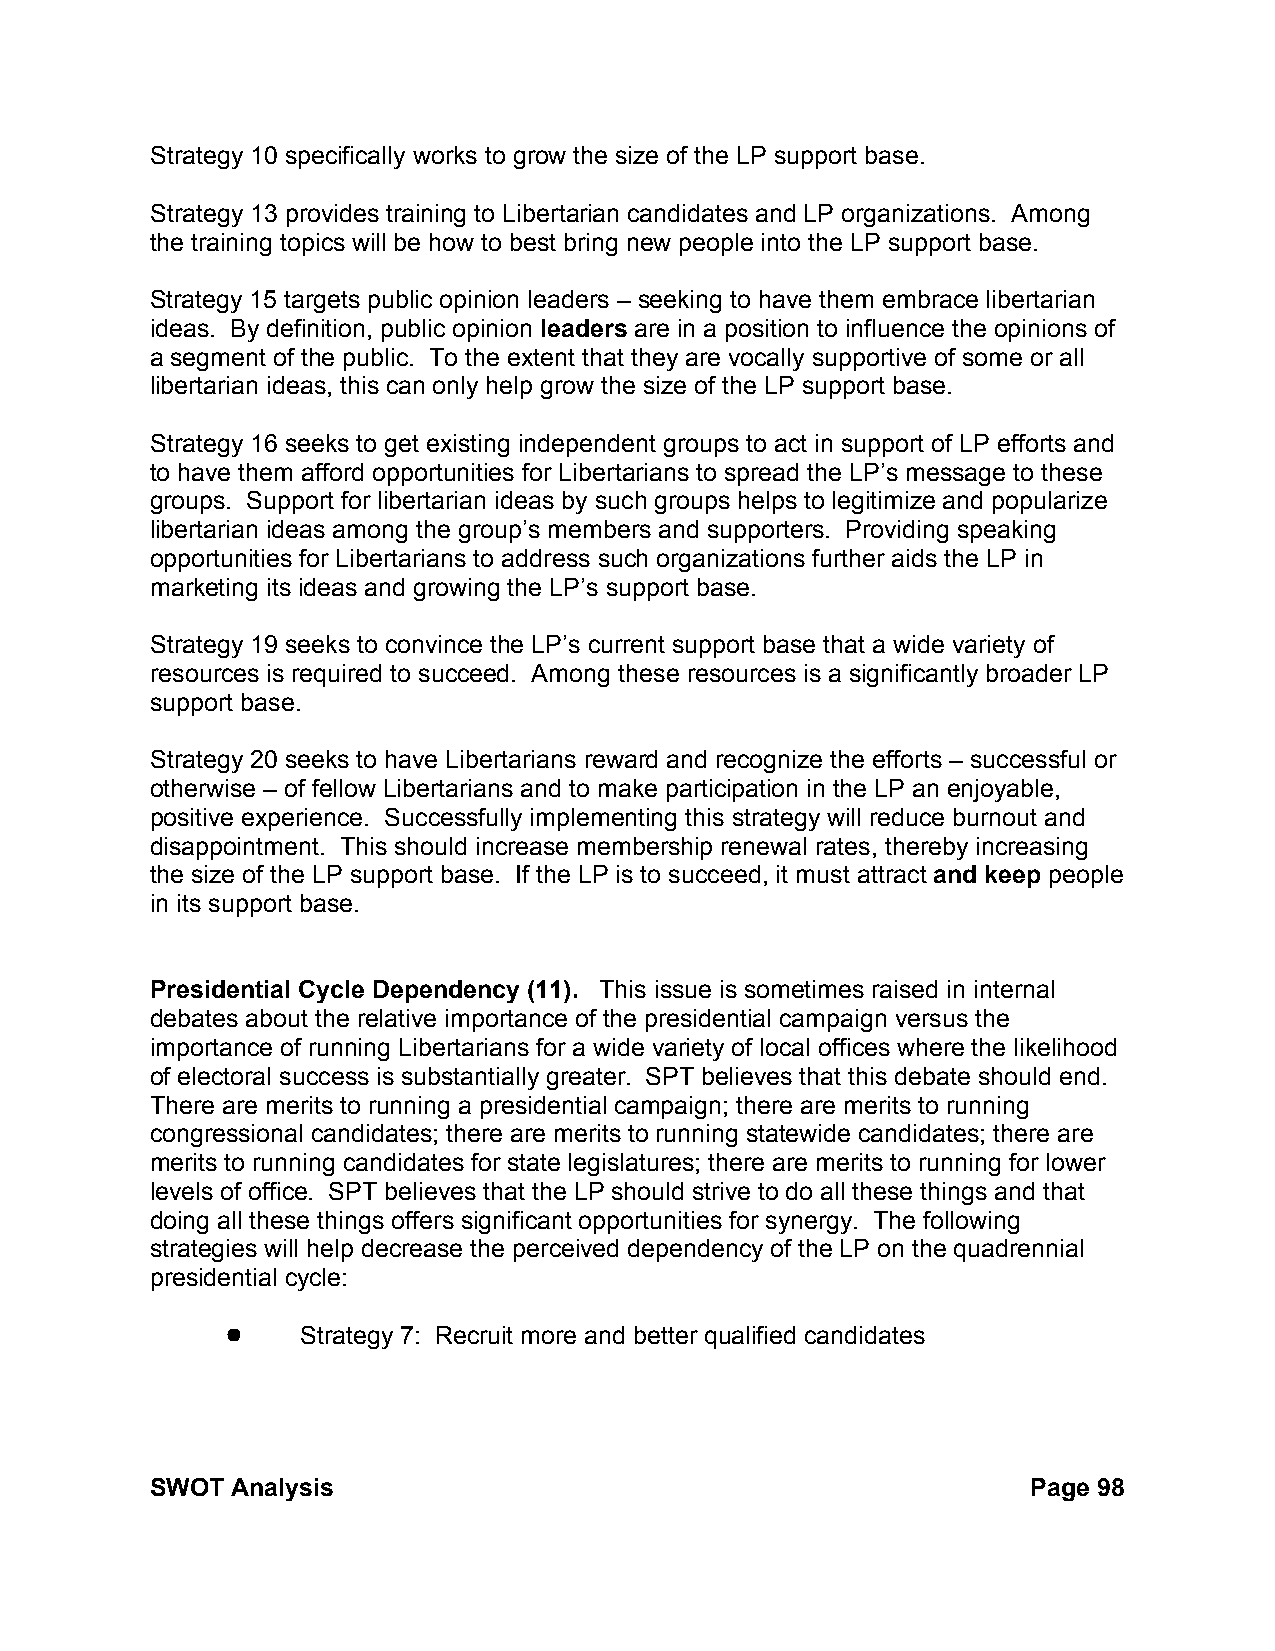
Strategy 10 specifically works to grow the size of the LP support base.
 Strategy 13 provides training to Libertarian candidates and LP organizations. Among
 the training topics will be how to best bring new people into the LP support base.
 Strategy 15 targets public opinion leaders – seeking to have them embrace libertarian
 ideas. By definition, public opinion leaders are in a position to influence the opinions of
 a segment of the public. To the extent that they are vocally supportive of some or all
 libertarian ideas, this can only help grow the size of the LP support base.
 Strategy 16 seeks to get existing independent groups to act in support of LP efforts and
 to have them afford opportunities for Libertarians to spread the LP’s message to these
 groups. Support for libertarian ideas by such groups helps to legitimize and popularize
 libertarian ideas among the group’s members and supporters. Providing speaking
 opportunities for Libertarians to address such organizations further aids the LP in
 marketing its ideas and growing the LP’s support base.
 Strategy 19 seeks to convince the LP’s current support base that a wide variety of
 resources is required to succeed. Among these resources is a significantly broader LP
 support base.
 Strategy 20 seeks to have Libertarians reward and recognize the efforts – successful or
 otherwise – of fellow Libertarians and to make participation in the LP an enjoyable,
 positive experience. Successfully implementing this strategy will reduce burnout and
 disappointment. This should increase membership renewal rates, thereby increasing
 the size of the LP support base. If the LP is to succeed, it must attract and keep people
 in its support base.
 Presidential Cycle Dependency (11). This issue is sometimes raised in internal
 debates about the relative importance of the presidential campaign versus the
 importance of running Libertarians for a wide variety of local offices where the likelihood
 of electoral success is substantially greater. SPT believes that this debate should end.
 There are merits to running a presidential campaign; there are merits to running
 congressional candidates; there are merits to running statewide candidates; there are
 merits to running candidates for state legislatures; there are merits to running for lower
 levels of office. SPT believes that the LP should strive to do all these things and that
 doing all these things offers significant opportunities for synergy. The following
 strategies will help decrease the perceived dependency of the LP on the quadrennial
 presidential cycle:
 !    Strategy 7: Recruit more and better qualified candidates
 SWOT Analysis                                             Page 98